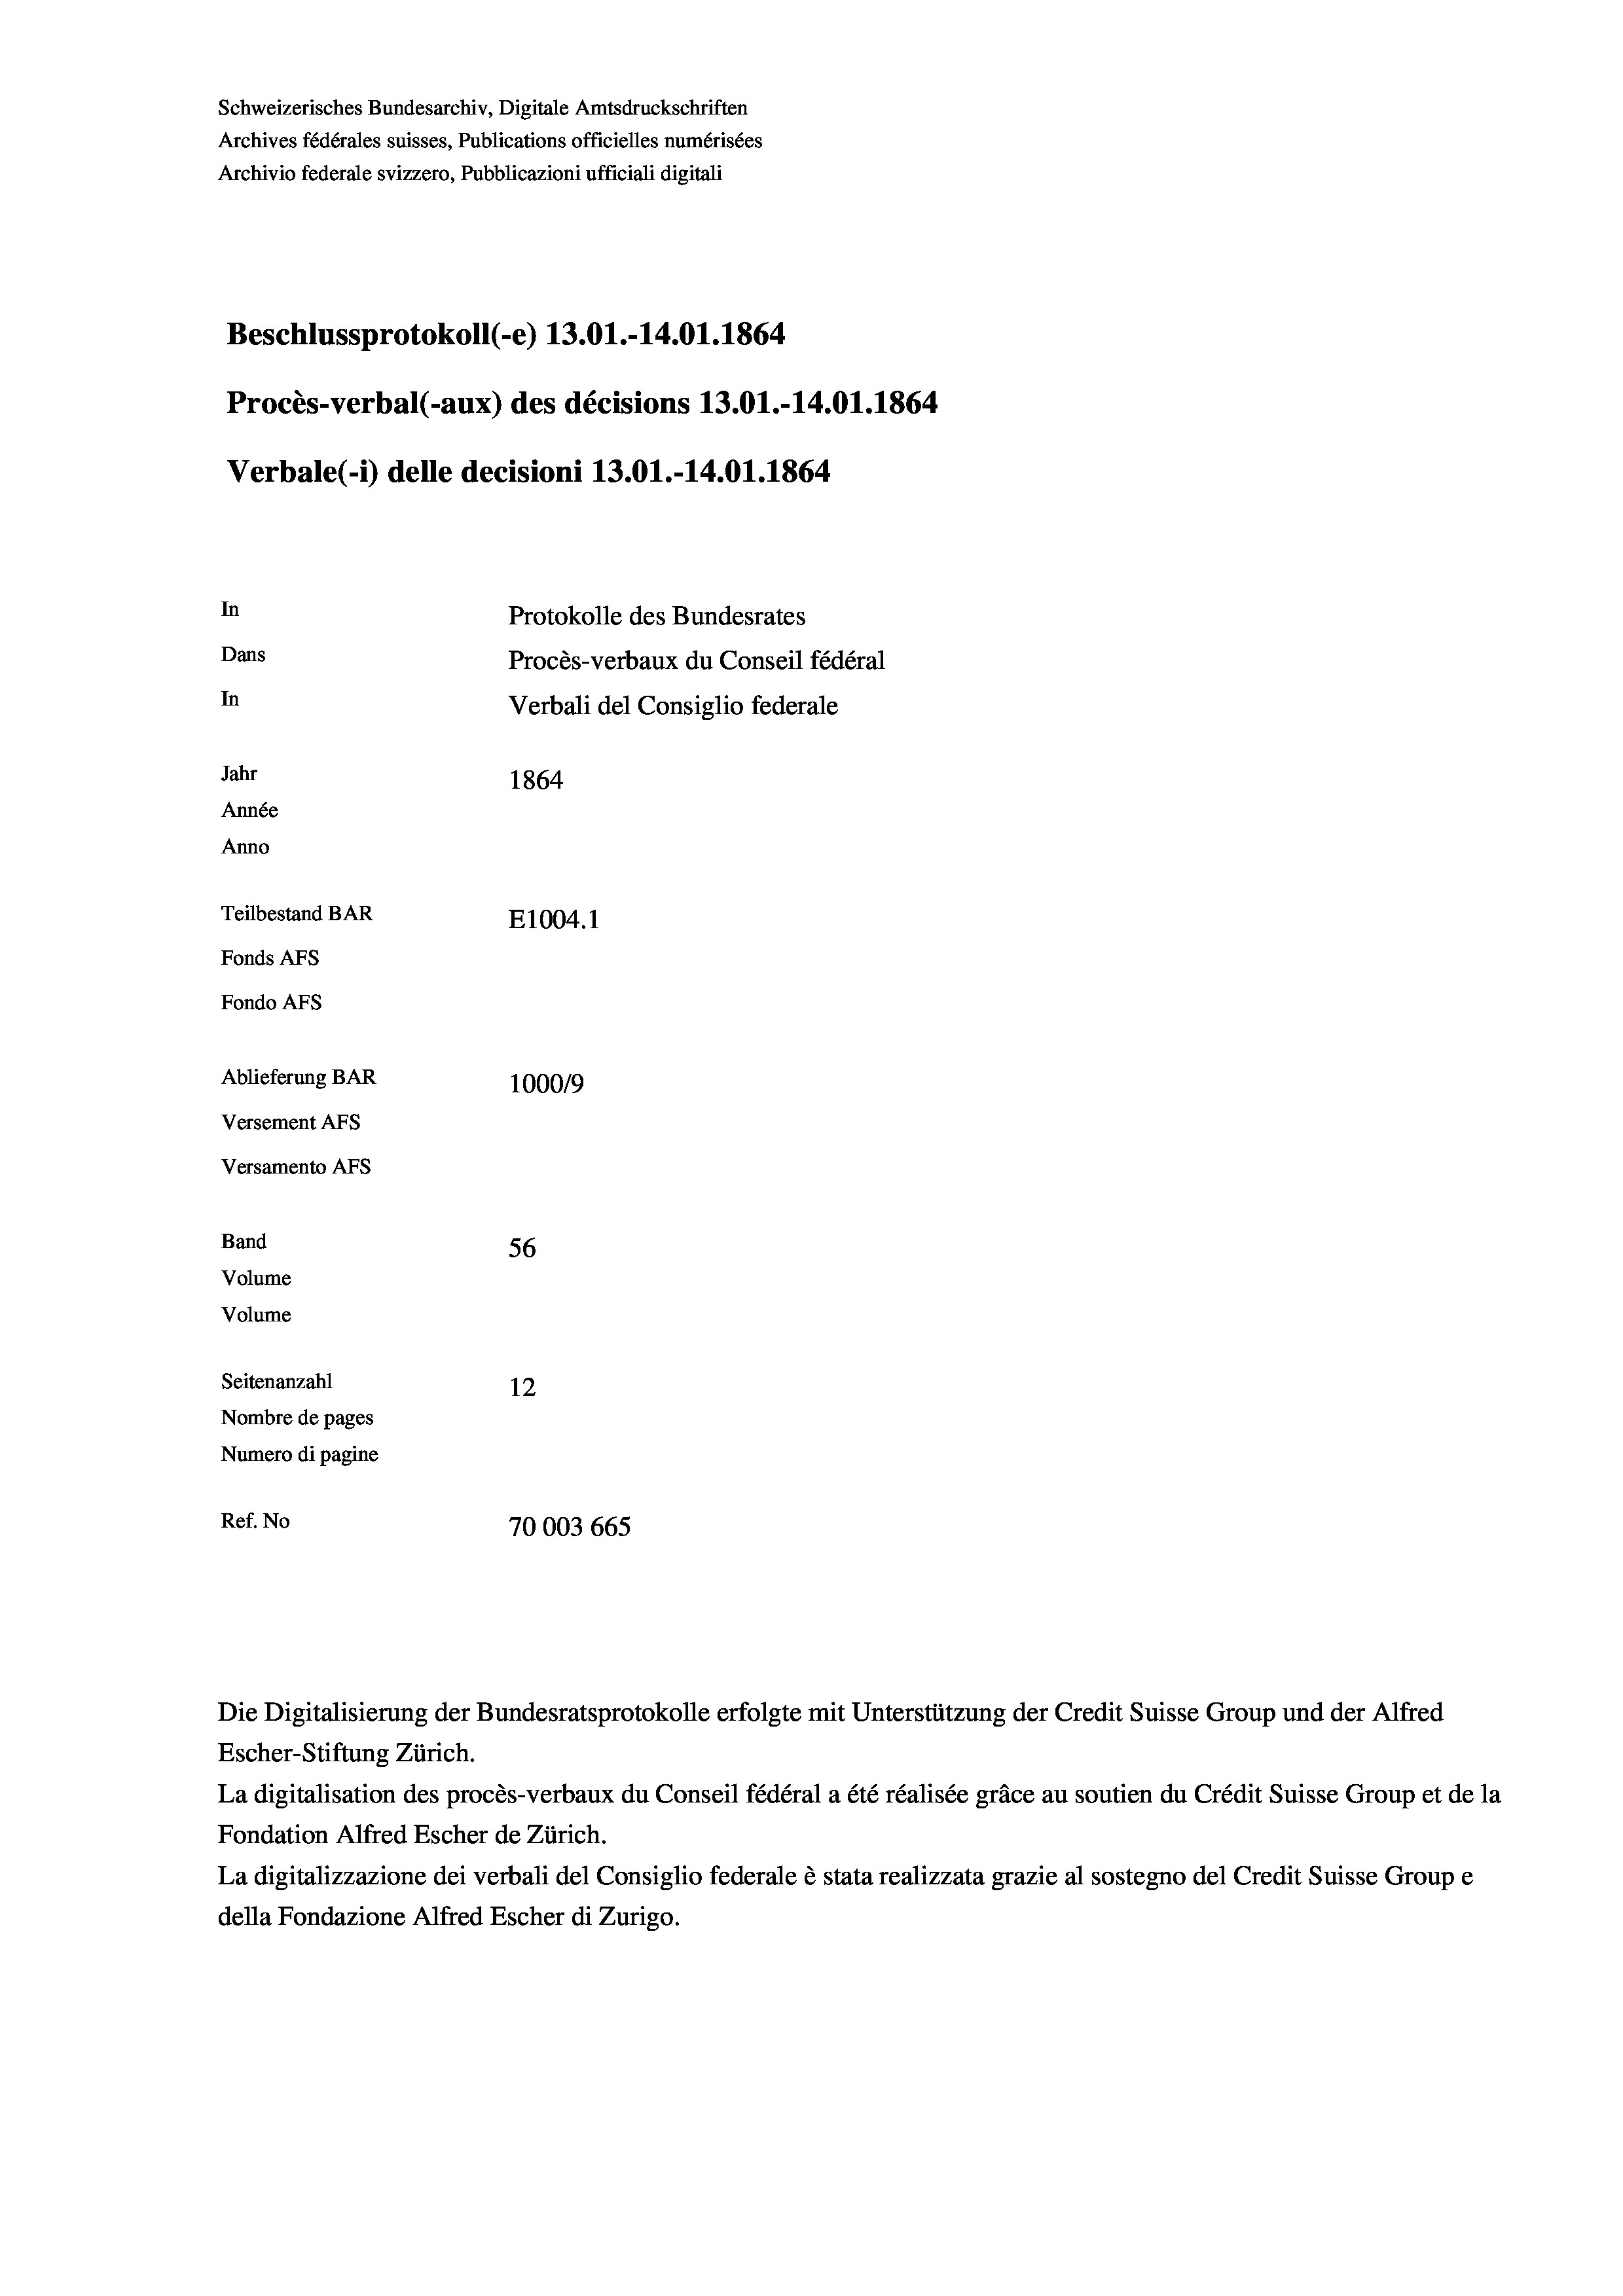
Schweizerisches Bundesarchiv, Digitale Amtsdruckschriften
Archives fédérales suisses, Publications officielles numérisées
Archivio federale svizzero, Pubblicazioni ufficiali digitali
Beschlussprotokoll (-e) 13.01.-14.01.1864
Procès-verbal (-aux) des décisions 13.01.-14.01.1864
Verbale(-*) delle decisioni 13.01.-14.01.1864
In
Protokolle des Bundesrates
Dans
Procès-verbaux du Conseil fédéral
In
Verbali del Consiglio federale
Jahr
1864
Année
Anno
Teilbestand BAR
E1004.1
Fonds AFs
Fondo AFS

Ablieferung BAR
Versement AFs
Versamento Afs
Band
Volume
Volume

56
Seitenanzahl
12
Nombre de pages
Numero di pagine
Ref. No
70003 665

100019

La digitalisation des procès-verbaux du Conseil fédéral a été réalisée gräce au soutien du Crédit Suisse Group et de la
Fondation Alfred Escher de Zürich.
La digitalizzazione dei verbali del Consiglio federale è stata realizzata grazie al sostegno del Credit Suisse Groupe
della Fondazione Alfred Escher di Zurigo.

Die Digitalisierung der Bundesratsprotokolle erfolgte mit Unterstützung der Credit Suisse Group und der Alfred
Escher-Stiftung Zürich.